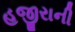
હજીરાની